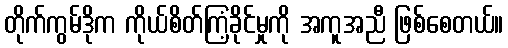
တိုက်ကွမ်ဒိုက ကိုယ်စိတ်ကြံ့ခိုင်မှုကို အကူအညီ ဖြစ်စေတယ်။